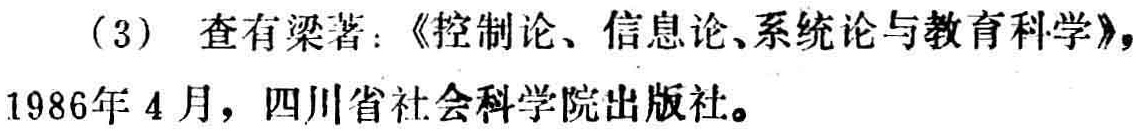
(3) 查有梁著：《控制论、信息论、系统论与教育科学》，1986年4月，四川省社会科学院出版社。